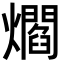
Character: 爓